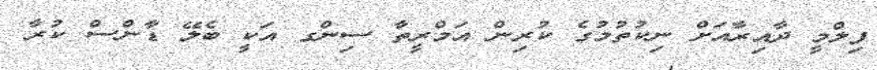
ފިލްމީ ދާއިރާއަށް ނިކުތުމުގެ ކުރިން އަމްރީތާ ސިންގ އަކީ ބެލޭ ޑާންސް ކުރާ